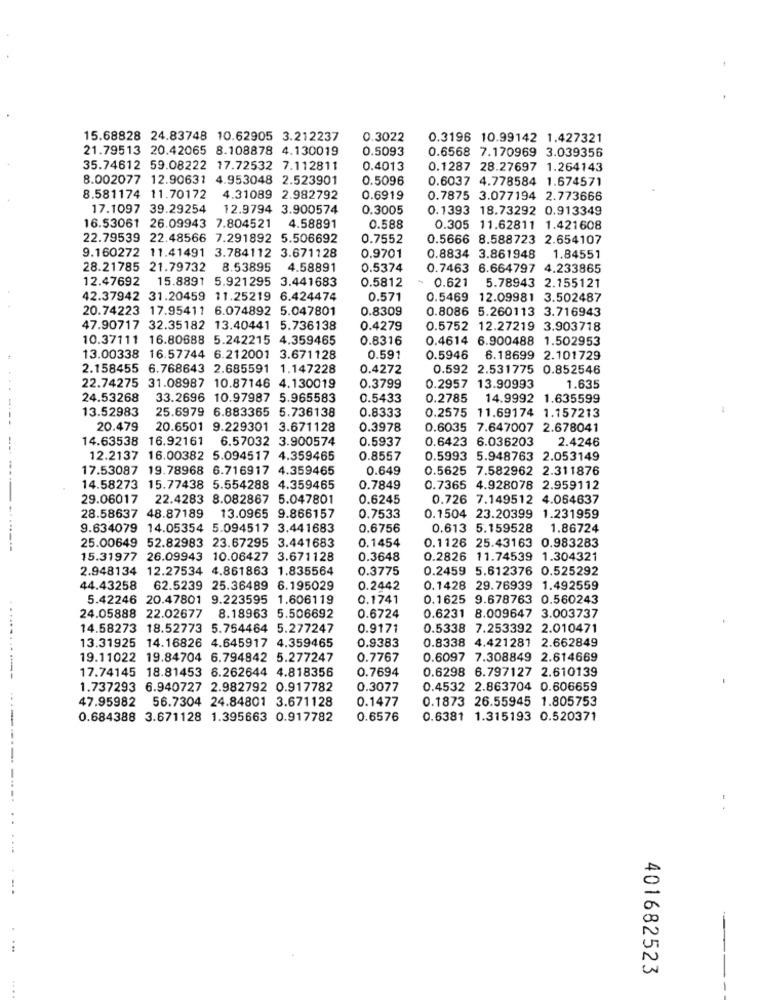
15.68828 24.83748 10.62905 3.212237
0.3022
0.3196 10.99142 1.427321
21.79513 20.42065 8.108878 4.130019
0.5093
0.6568 7.170969 3.039356
35.74612 59.08222 17.72532 7.112811
0.4013
0.1287 28.27697 1.264143
8.002077 12.90631 4.953048 2.523901
0.5096
0.6037 4.778584 1.674571
8.581174 11.70172
4.31089 2.982792
0.6919
0.7875 3.077194 2.773666
17.1097 39.29254
12.9794 3.900574
0.3005
0.1393 18.73292 0.913349
16.53061 26.09943 7.804521 4.58891
0.588
0.305 11.62811 1.421608
22.79539 22.48566 7.291892 5.506692
0.7552
0.5666 8.588723 2.654107
9.160272 11.41491 3.784112 3.671128
0.9701
0.8834 3.861948
1.84551
28.21785 21.79732
8.53895 4.58891
0.5374
0.7463 6.664797 4.233865
12.47692 15.8891 5.921295 3.441683
0.5812
- 0.621
5.78943 2.155121
42.37942 31.20459 11.25219 6.424474
0.571
0.5469 12.09981 3.502487
20.74223 17.95411 6.074892 5.047801
0.8309
0.8086 5.260113 3.716943
47.90717 32.35182 13.40441 5.736138
0.4279
0.5752 12.27219 3.903718
10.37111 16.80688 5.242215 4.359465
0.8316
0.4614 6.900488 1.502953
13.00338 16.57744 6.212001 3.671128
0.591
0.5946 6.18699 2.101729
2.158455 6.768643 2.685591 1.147228
0.4272
0.592 2.531775 0.852546
0.3799
22.74275 31.08987 10.87146 4.130019
0.2957 13.90993
1.635
24.53268
33.2696 10.97987 5.965583
0.5433
0.2785
14.9992 1.635599
13.52983
25.6979 6.883365 5.736138
0.8333
0.2575 11.69174 1.157213
20.479
20.6501 9.229301 3.671128
0.3978
0.6035 7.647007 2.678041
14.63538 16.92161
6.57032 3.900574
0.5937
0.6423 6.036203
2.4246
12.2137 16.00382 5.094517 4.359465
0.8557
0.5993 5.948763 2.053149
17.53087 19.78968 6.716917 4.359465
0.649
0.5625 7.582962 2.311876
14.58273 15.77438 5.554288 4.359465
0.7849
0.7365 4.928078 2.959112
29.06017 22.4283 8.082867 5.047801
0.6245
0.726 7.149512 4.064637
0.7533
28.58637 48.87189 13.0965 9.866157
0.1504 23.20399 1.231959
9.634079 14.05354 5.094517 3.441683
0.6756
0.613 5.159528 1.86724
0.1454
0.1126 25.43163 0.983283
25.00649 52.82983 23.67295 3.441683
15.31977 26.09943 10.06427 3.671128
0.3648
0.2826 11.74539 1.304321
2.948134 12.27534 4.861863 1.835564
0.3775
0.2459 5.612376 0.525292
44.43258 62.5239 25.36489 6.195029
0.2442
0.1428 29.76939 1.492559
5.42246 20.47801 9.223595 1.606119
0.1741
0.1625 9.678763 0.560243
24.05888 22.02677 8.18963 5.506692
0.6724
0.6231 8.009647 3.003737
14.58273 18.52773 5.754464 5.277247
0.9171
0.5338 7.253392 2.010471
.........
13.31925 14.16826 4.645917 4.359465
0.9383
0.8338 4.421281 2.662849
19.11022 19.84704 6.794842 5.277247
0.7767
0.6097 7.308849 2.614669
--
17.74145 18.81453 6.262644 4.818356
0.7694
0.6298 6.797127 2.610139
1.737293 6.940727 2.982792 0.917782
0.3077
0.4532 2.863704 0.606659
47.95982 56.7304 24.84801 3.671128
0.1477
0.1873 26.55945 1.805753
0.684388 3.671128 1.395663 0.917782
0.6576
0.6381 1.315193 0.520371
401682523